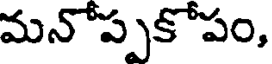
మనోప్పకోపం,